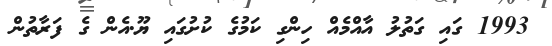
1993 ގައި ގަތުލު އާއްމެއް ހިންގި ކަމުގެ ކުށުގައި ޔޫ.އެން ގެ ފަރާތުން